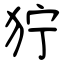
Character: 狞